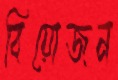
বিয়োজন